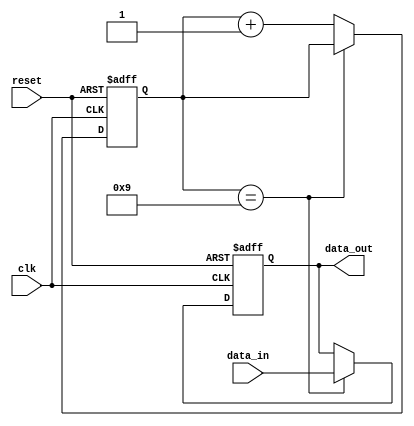
module latch_delay (
    input wire clk,
    input wire reset,
    input wire data_in,
    output reg data_out
);

parameter DELAY = 10; // Delay in clock cycles

reg [DELAY-1:0] delay_reg;

always @(posedge clk or posedge reset) begin
    if (reset) begin
        delay_reg <= 0;
        data_out <= 0;
    end else begin
        if (delay_reg == DELAY-1) begin
            data_out <= data_in;
        end else begin
            delay_reg <= delay_reg + 1;
        end
    end
end

endmodule